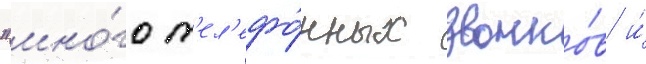
"мно́го т'ел'ефо́нных звонко́в и́